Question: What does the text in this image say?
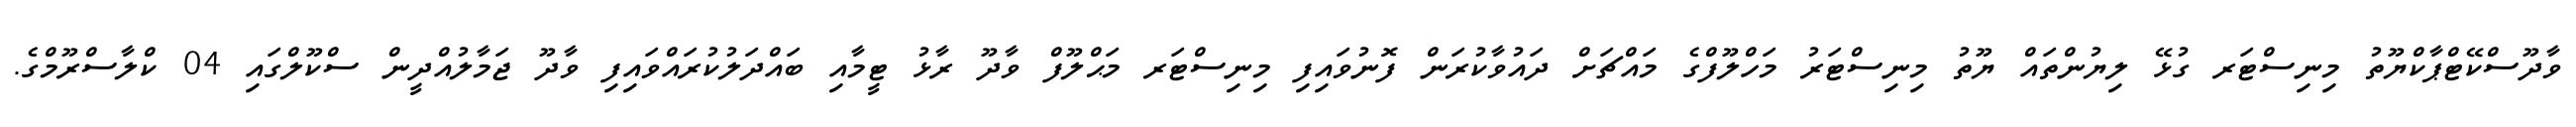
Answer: ވާދޫސްކޭޓްޕާކްޔޫތު މިނިސްޓަރ ގުޅޭ ލިޔުންތައް ޔޫތު މިނިސްޓަރު މަހްލޫފްގެ މައްޗަށް ދައުވާކުރަން ފޮނުވައިފި މިނިސްޓަރ މަޙްލޫފް ވާދޫ ރާޅު ޓީމާއި ބައްދަލުކުރައްވައިފި ވާދޫ ޖަމާލުއްދީން ސްކޫލްގައި 04 ކްލާސްރޫމްގެ.